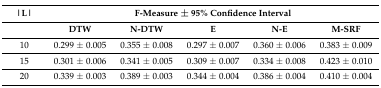
<table><thead><tr><td><b>|L|</b></td><td colspan="5"><b>F-Measure ± 95% Confidence Interval</b></td></tr><tr><td></td><td><b>DTW</b></td><td><b>N-DTW</b></td><td><b>E</b></td><td><b>N-E</b></td><td><b>M-SRF</b></td></tr></thead><tbody><tr><td>10</td><td>0.299 ± 0.005</td><td>0.355 ± 0.008</td><td>0.297 ± 0.007</td><td>0.360 ± 0.006</td><td>0.383 ± 0.009</td></tr><tr><td>15</td><td>0.301 ± 0.006</td><td>0.341 ± 0.005</td><td>0.309 ± 0.007</td><td>0.334 ± 0.008</td><td>0.423 ± 0.010</td></tr><tr><td>20</td><td>0.339 ± 0.003</td><td>0.389 ± 0.003</td><td>0.344 ± 0.004</td><td>0.386 ± 0.004</td><td>0.410 ± 0.004</td></tr></tbody></table>